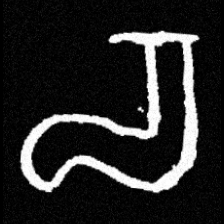
Pyu character \u2014 Myanmar letter: စ (romanized: ca)